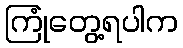
ကြုံတွေ့ရပါက